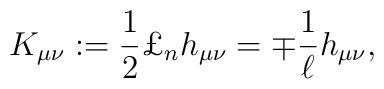
K_{\mu\nu}:=\frac{1}{2} \mbox \pounds_n h_{\mu\nu}=\mp\frac{1}{\ell} h_{\mu\nu},